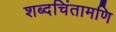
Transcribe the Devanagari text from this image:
शब्दचिंतामणि